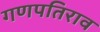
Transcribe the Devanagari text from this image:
गणपतिराव